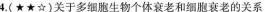
4.(★★☆)关于多细胞生物个体衰老和细胞衰老的关系